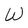
Character: W